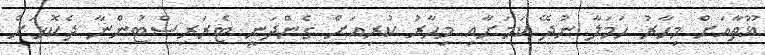
ޣޫތާއަށް މިހާރު ހަމަލާ ނުދޭ ކަމަށާއި މިހާރު ކުރިއަށް ގެންދަނީ ޓެރަރިސްޓުންނާ ދެކޮޅަށް